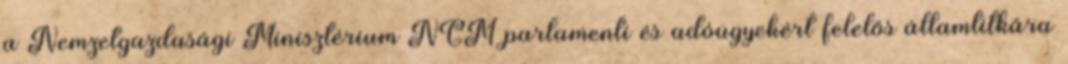
a Nemzetgazdasági Minisztérium NGM parlamenti és adóügyekért felelős államtitkára